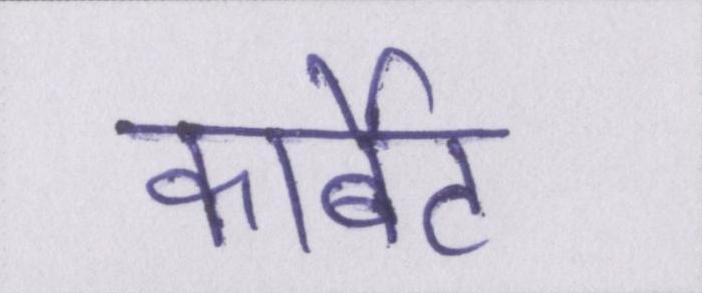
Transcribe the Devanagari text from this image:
कार्बेट